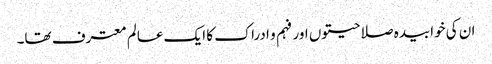
ان کی خوابیدہ صلاحیتوں اور فہم و ادراک کا ایک عالم معترف تھا۔